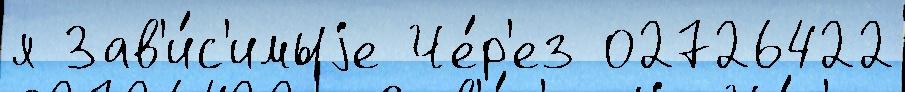
я Зав'и́с'имыjе Че́р'ез 02726422